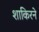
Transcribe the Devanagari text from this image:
शाकिरने